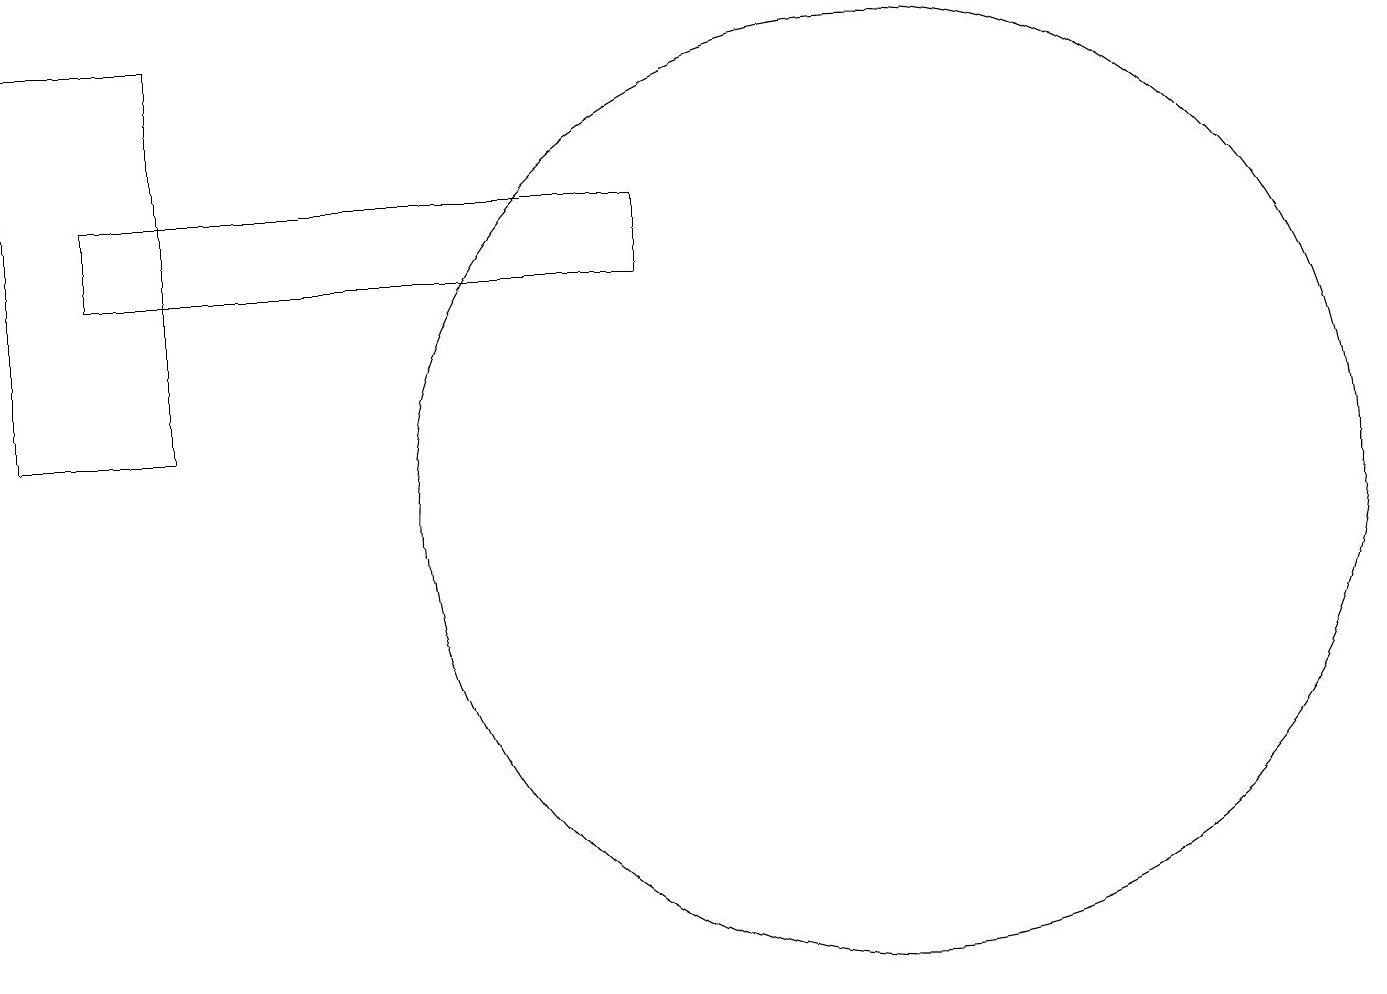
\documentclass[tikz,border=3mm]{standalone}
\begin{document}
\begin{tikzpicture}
\draw (12,11) circle (6);
\draw (1,17) rectangle (3,12);
\draw (2,15) rectangle (9,14);
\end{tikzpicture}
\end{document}